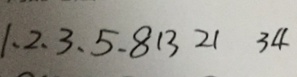
1 、 2 、 3 、 5 、 8 1 3 2 1 3 4